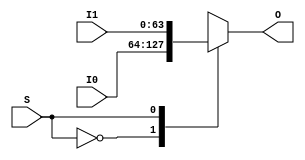
`timescale 1ns / 1ps
//////////////////////////////////////////////////////////////////////////////////
// Company: 
// Engineer: 
// 
// Design Name: 
// Module Name:    mux2_to_1_x64 
// Project Name: 
// Target Devices: 
// Tool versions: 
// Description: 
//
// Dependencies: 
//
// Revision: 
// Revision 0.01 - File Created
// Additional Comments: 
//
//////////////////////////////////////////////////////////////////////////////////
module mux2_to_1_x64(
    input [63:0] I0,
    input [63:0] I1,
    output [63:0] O,
    input S
    );
	
	reg [63:0] out;
	assign O = out;
	
	always @(*)
	begin
		case (S)
			1'b0: out = I0;
			1'b1: out = I1;
		endcase
	end

endmodule